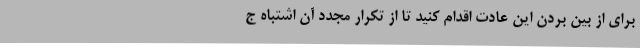
برای از بین بردن این عادت اقدام کنید تا از تکرار مجدد آن اشتباه ج